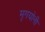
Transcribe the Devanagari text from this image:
मृगयोनी